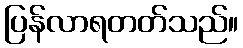
ပြန်လာရတတ်သည်။